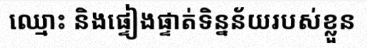
ឈ្មោះ និងផ្ទៀងផ្ទាត់ទិន្នន័យរបស់ខ្លួន